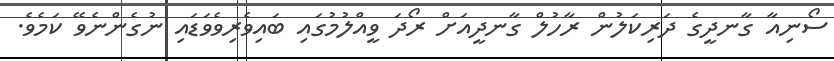
ސޯނިއާ ގާނދީގެ ދަރިކަލުން ރާހުލް ގާނދީއަށް ރޯދަ ވީއްލުމުގައި ބައިވެރިވެވަޑައި ނުގެންނެވޭ ކަމެވެ.